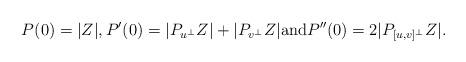
LaTeX: \begin{align*}P(0)=|Z|,P'(0)=|P_{u^\perp} Z|+ |P_{v^\perp} Z|\hbox{and}P''(0)=2|P_{[u,v]^\bot}Z|.\end{align*}